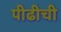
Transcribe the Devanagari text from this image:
पीढीची